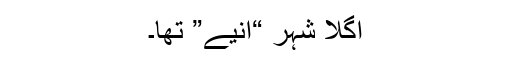
اگلا شہر “انیے” تھا۔